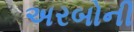
અરબોની